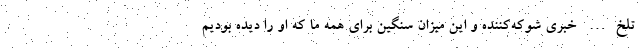
تلخ… خبری شوکه‌کننده و این میزان سنگین برای همه ما که او را دیده بودیم